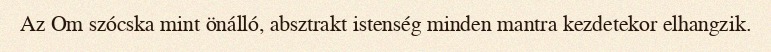
Az Om szócska mint önálló, absztrakt istenség minden mantra kezdetekor elhangzik.